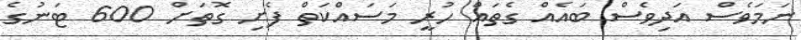
ނަމަވެސް އަދިވެސް ބައެއް ގެތައް ހުރީ މަސައްކަތް ފެށި ގޮތަށް 600 ޓަނުގެ